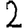
Digit: 2